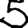
Digit: 5